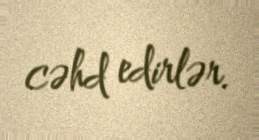
cəhd edirlər.